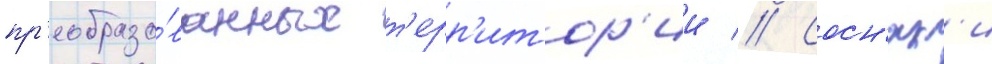
пр'еобразо́ванных т'ерр'итор'ии // Сосн'як'и